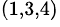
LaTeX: ^{(1,3,4)}